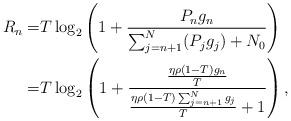
LaTeX: \begin{align*}R_n=&T\log_2\left(1+\frac{P_ng_n}{\sum_{j=n+1}^N (P_jg_j)+N_0}\right)\\=&T\log_2\left(1+\frac{\frac{\eta\rho(1-T) g_n}{T}}{\frac{\eta\rho(1-T)\sum_{j=n+1}^Ng_j}{T}+1}\right),\end{align*}